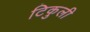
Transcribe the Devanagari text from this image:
टिकुली